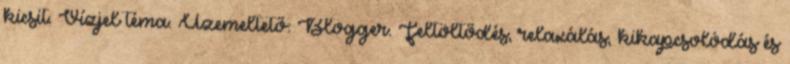
kicsit. Vízjel téma. Üzemeltető: Blogger. Feltöltődés, relaxálás, kikapcsolódás és